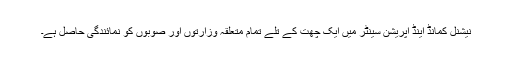
نیشنل کمانڈ اینڈ آپریشن سینٹر میں ایک چھت کے تلے تمام متعلقہ وزارتوں اور صوبوں کو نمائندگی حاصل ہے۔